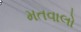
મતવાલો